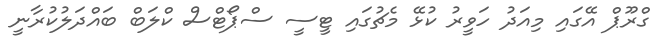
ގްރޫޕް އޭގައި މިއަދު ހަވީރު ކުޅޭ މެޗުގައި ޓީސީ ސްޕޯޓްސް ކްލަބް ބައްދަލުކުރާނީ